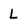
Character: L